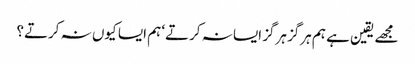
مجھے یقین ہے ہم ہرگز ہرگز ایسا نہ کرتے‘ ہم ایسا کیوں نہ کرتے؟